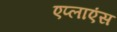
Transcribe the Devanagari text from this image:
एप्लाएंस